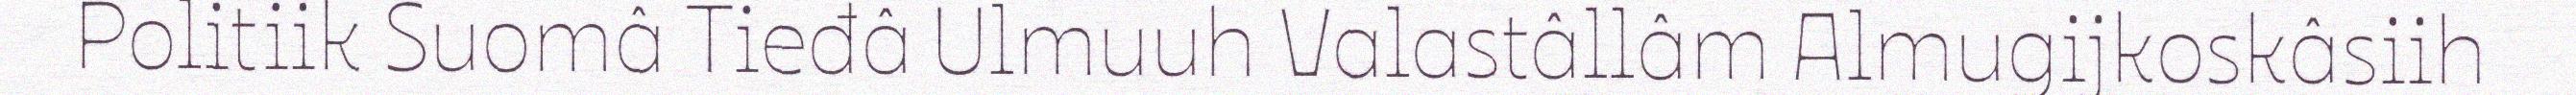
Politiik Suomâ Tieđâ Ulmuuh Valastâllâm Almugijkoskâsiih